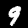
Digit: 9